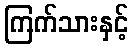
ကြက်သားနှင့်